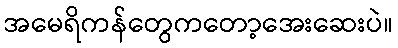
အမေရိကန်တွေကတော့အေးဆေးပဲ။